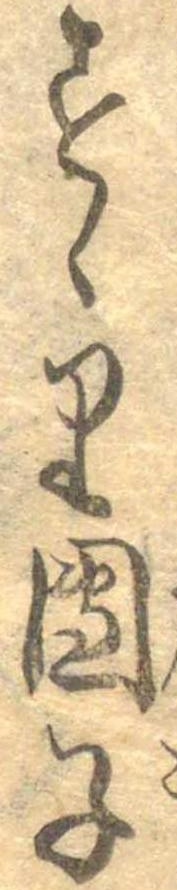
すゝり団子